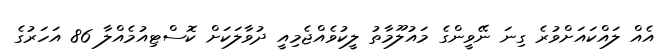
އެއް ލައްކައަށްވުރެ ގިނަ ނޭވީންގެ މައުލޫމާތު ލީކުވެއްޖެމިއީ ދުވާލަކަށް ކޮސްޓިއުމެއްލާ 86 އަހަރުގެ